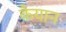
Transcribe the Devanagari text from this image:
कैयान